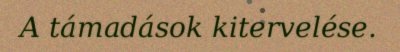
A támadások kitervelése.